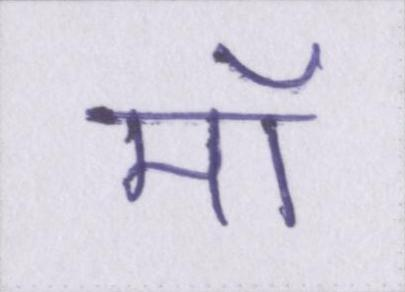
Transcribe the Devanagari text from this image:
मॉ